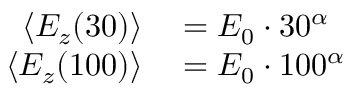
\begin{array} { r l } { \langle E _ { z } ( 3 0 ) \rangle } & { { } = E _ { 0 } \cdot 3 0 ^ { \alpha } } \\ { \langle E _ { z } ( 1 0 0 ) \rangle } & { { } = E _ { 0 } \cdot 1 0 0 ^ { \alpha } } \end{array}